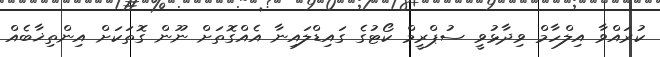
ކުރައްވާ އިލްހާމް ވިދާޅުވީ ސުޕްރީމް ކޯޓުގެ ގައިޑްލައިނާ އެއްގޮތަށް ނޫން ގޮތަކަށް އިންތިޚާބެއް